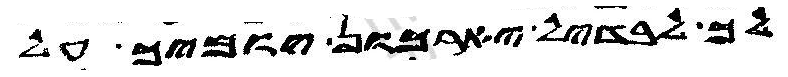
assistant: לך לבדיל יארכון יומיך על